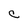
Character: C